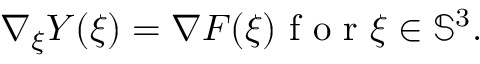
\nabla _ { \xi } Y ( \xi ) = \nabla F ( \xi ) \mathrm { ~ f ~ o ~ r ~ } \xi \in { \mathbb S } ^ { 3 } .